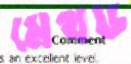
মেথড